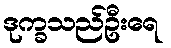
ဒုက္ခသည်ဦးရေ